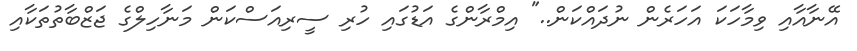
އޭނާއާއި ވިމާހަކަ އަހަރެން ނުދައްކަން.." އިމްރާންގެ އަޑުގައި ހުރި ސީރިއަސްކަން މަނާހިލްގެ ޖަޒްބާތުތަކާއި